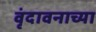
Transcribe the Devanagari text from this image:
वृंदावनाच्या